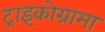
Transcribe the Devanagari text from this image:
ट्राइकोग्रामा